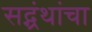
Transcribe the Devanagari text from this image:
सद्ग्रंथांचा